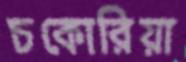
চকোরিয়া